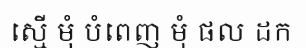
ស្មើ មុំ បំពេញ មុំ ផល ដក